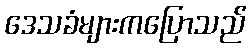
ဒေသခံများကပြောသည်